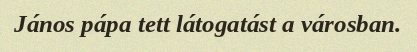
János pápa tett látogatást a városban.